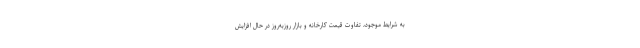
به شرایط موجود، تفاوت قیمت کارخانه و بازار روزبه‌روز در حال افزایش